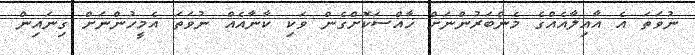
ނުވަތަ އެ އާއިލާއެއްގެ މެންބަރުންނަށް ޚާއްސަކޮށްގެން ވަކި ކާނާއެއް ނުވަތަ އެމީހުންނަށް ގިނައިން